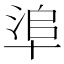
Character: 𠦭